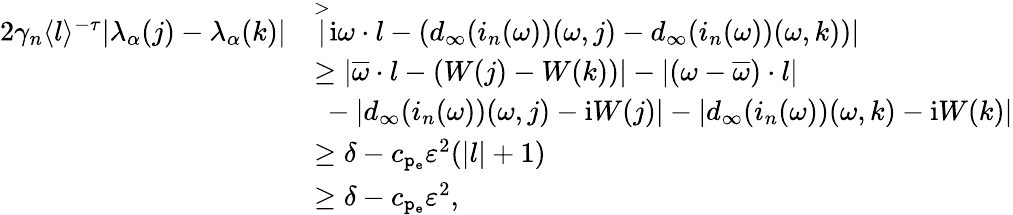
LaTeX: \begin{array}{rl}{2\gamma_{n}\langle l\rangle^{-\tau}|\lambda_{\alpha}(j)-\lambda_{\alpha}(k)|}&{\overset>|\mathrm{i}\omega\cdot l-(d_{\infty}(i_{n}(\omega))(\omega,j)-d_{\infty}(i_{n}(\omega))(\omega,k))|}\\ &{\ge|\overline{{\omega}}\cdot l-(W(j)-W(k))|-|(\omega-\overline{{\omega}})\cdot l|}\\ &{\ -|d_{\infty}(i_{n}(\omega))(\omega,j)-\mathrm{i}W(j)|-|d_{\infty}(i_{n}(\omega))(\omega,k)-\mathrm{i}W(k)|}\\ &{\ge\delta-c_{\mathtt{p_{e}}}\varepsilon^{2}(|l|+1)}\\ &{\ge\delta-c_{\mathtt{p_{e}}}\varepsilon^{2},}\end{array}